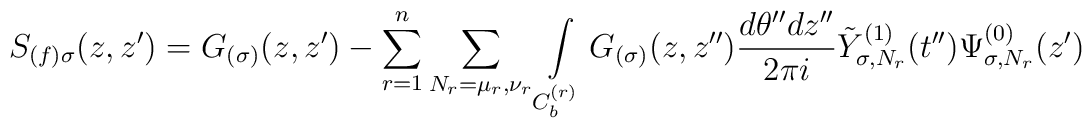
S_{(f)\sigma}(z,z')=G_{(\sigma)}(z,z')-\sum_{r=1}^n\sum_{N_r=\mu_r,\nu_r}\int\limits_{C_b^{(r)}}G_{(\sigma)} (z,z'')\frac{d\theta'' dz''} {2\pi i}\tilde Y_{\sigma,N_r}^{(1)}(t'')\Psi_{\sigma,N_r}^{(0)}(z')